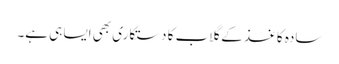
سادہ کاغذ کے گلاب کا دستکاری بھی ایسا ہی ہے۔